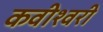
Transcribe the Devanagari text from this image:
कवीश्वरी